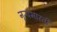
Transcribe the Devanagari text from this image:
नृत्यभारती